画像に写った文字を読んでください
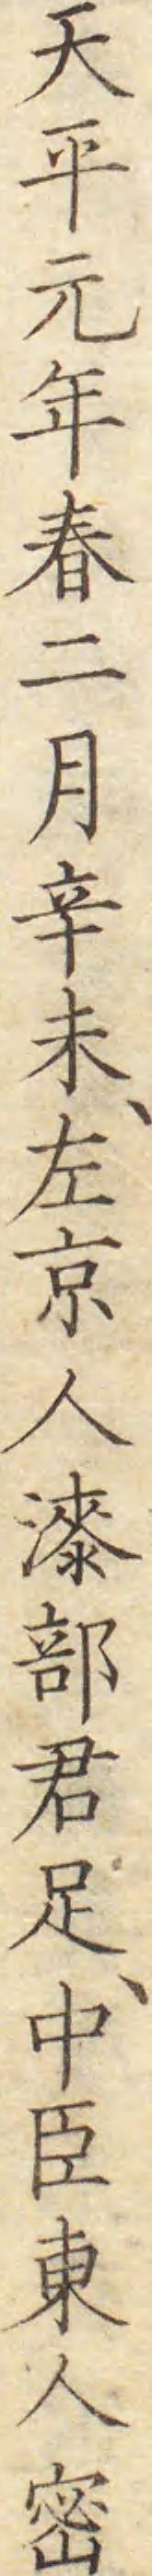
「天平元年春二月辛未、左京人𣾰部君足、中臣東人密」と書いてあります